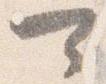
可